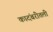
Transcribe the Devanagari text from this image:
कादंबरीतली